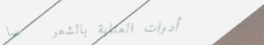
أدوات العناية بالشعر   صا